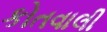
કોતવાલી